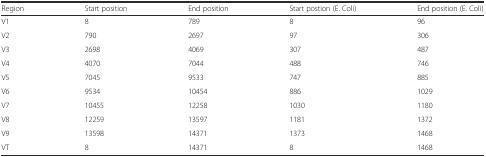
<table><thead><tr><td><b>Region</b></td><td><b>Start position</b></td><td><b>End position</b></td><td><b>Start postion (E. Coli)</b></td><td><b>End position (E. Coli)</b></td></tr></thead><tbody><tr><td>V1</td><td>8</td><td>789</td><td>8</td><td>96</td></tr><tr><td>V2</td><td>790</td><td>2697</td><td>97</td><td>306</td></tr><tr><td>V3</td><td>2698</td><td>4069</td><td>307</td><td>487</td></tr><tr><td>V4</td><td>4070</td><td>7044</td><td>488</td><td>746</td></tr><tr><td>V5</td><td>7045</td><td>9533</td><td>747</td><td>885</td></tr><tr><td>V6</td><td>9534</td><td>10454</td><td>886</td><td>1029</td></tr><tr><td>V7</td><td>10455</td><td>12258</td><td>1030</td><td>1180</td></tr><tr><td>V8</td><td>12259</td><td>13597</td><td>1181</td><td>1372</td></tr><tr><td>V9</td><td>13598</td><td>14371</td><td>1373</td><td>1468</td></tr><tr><td>VT</td><td>8</td><td>14371</td><td>8</td><td>1468</td></tr></tbody></table>